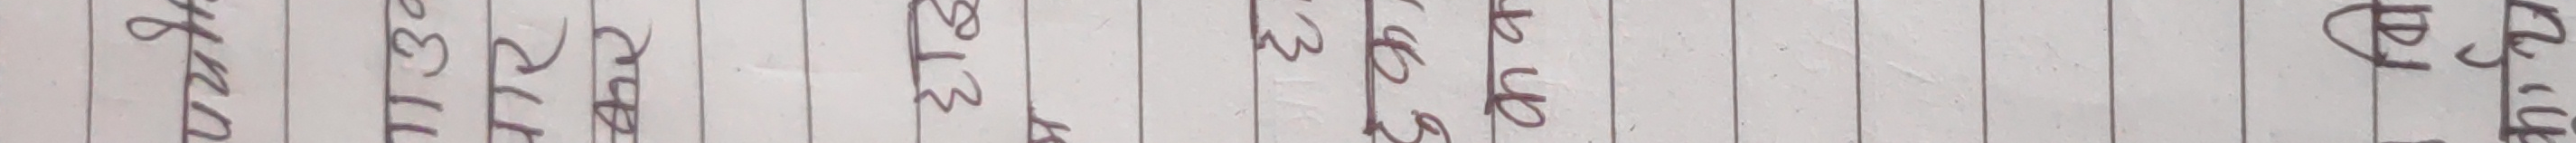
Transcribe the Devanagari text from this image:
यहाँ छ